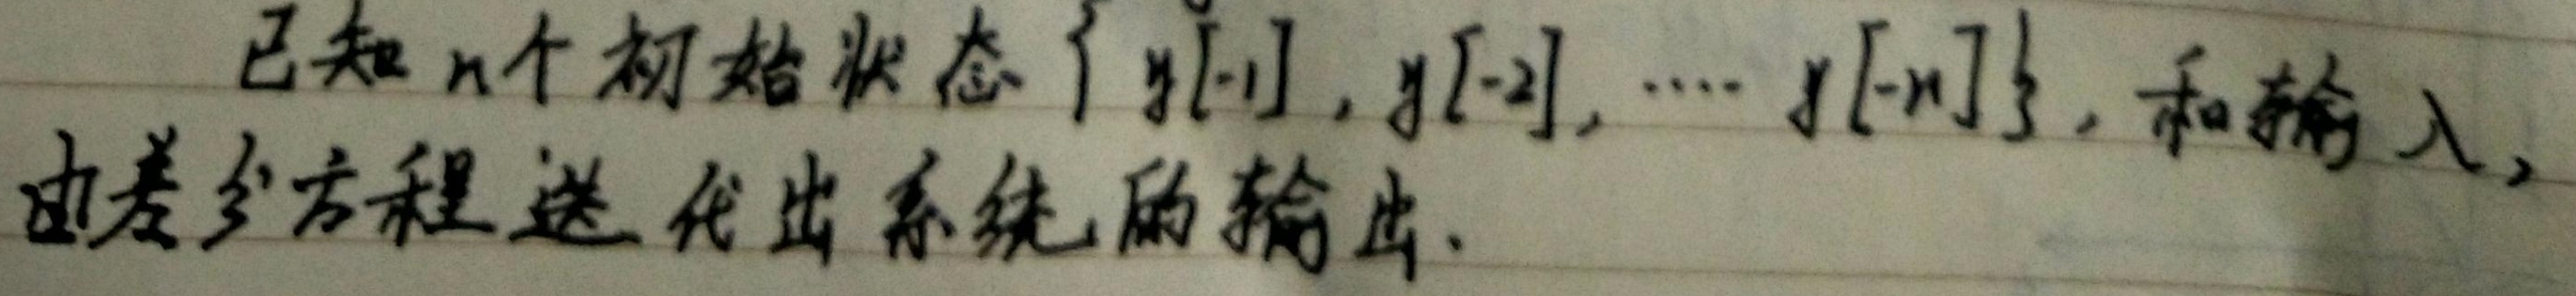
已知\(n\)个初始状态\(\{y[-1],y[-2],\cdots,y[-n]\}\)，和输入，由差分方程迭代出系统的输出.